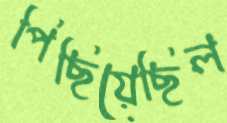
পিছিয়েছিল